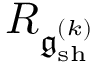
R _ { \mathfrak { g } _ { \mathrm { s h } } ^ { ( k ) } }